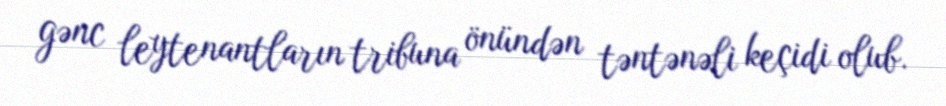
gənc leytenantların tribuna önündən təntənəli keçidi olub.